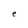
Character: e